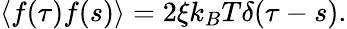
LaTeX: \langle f(\tau)f(s)\rangle=2\xi k_{B}T\delta(\tau-s).